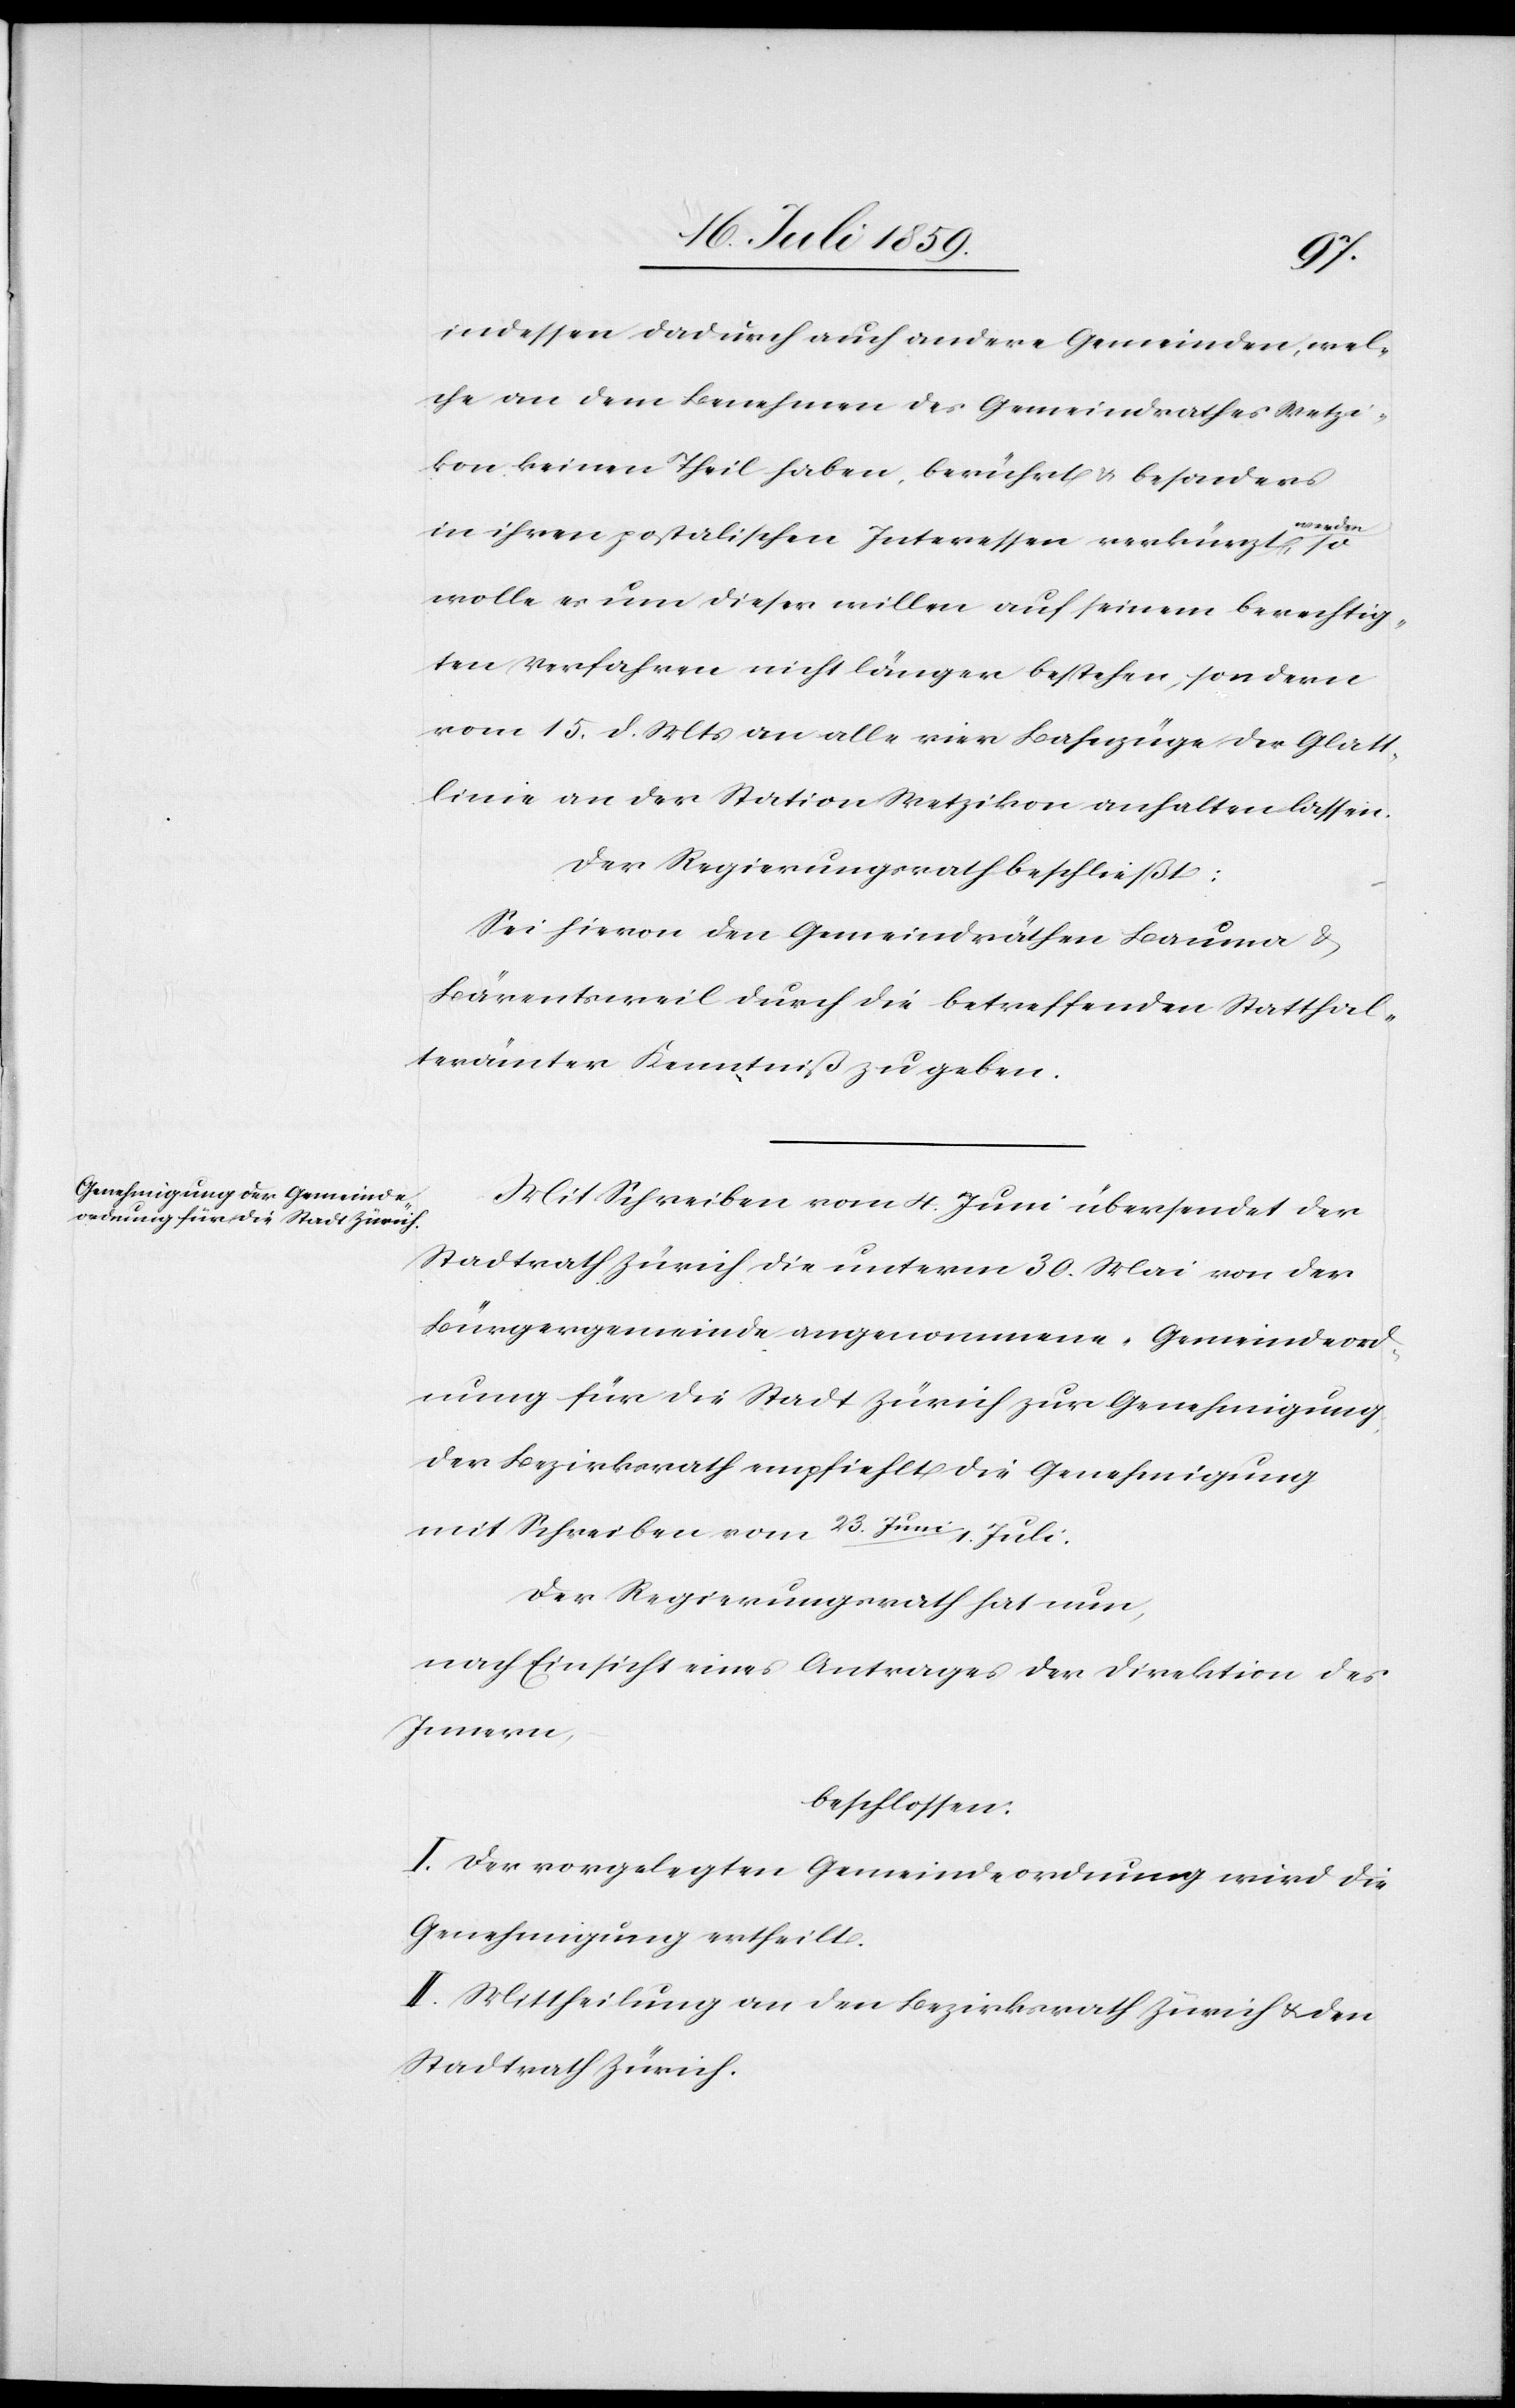
indessen dadurch auch andere Gemeinden, wel¬
che an dem Benehmen des Gemeindrathes Wetzi¬
kon keinen Theil haben, berührt u. besonders
in ihren postalischen Interessen verkürzt werden,
wolle es um dieser willen auf seinem berechtig¬
ten Verfahren nicht länger bestehen, sondern
vom 15. d. Mts. an alle vier Bahnzüge der Glatt¬
linie an der Station Wetzikon anhalten lassen.
Der Regierungsrath beschließt:
Sei hievon den Gemeindräthen Bauma u.
Bärentsweil durch die betreffenden Statthal¬
terämter Kenntniß zu geben.
Mit Schreiben vom 4. Juni übersendet der
Stadtrath Zürich die unterm 30. Mai von der
Bürgergemeinde angenommene Gemeindeord¬
nung für die Stadt Zürich zur Genehmigung.
Der Bezirksrath empfiehlt die Genehmigung
mit Schreiben vom 23. Juni/1. Juli.
Der Regierungsrath hat nun,
nach Einsicht eines Antrages der Direktion des
Innern,
beschlossen:
I. Der vorgelegten Gemeindeordnung wird die
Genehmigung ertheilt.
II. Mittheilung an den Bezirksrath Zürich u. den
Stadtrath Zürich.